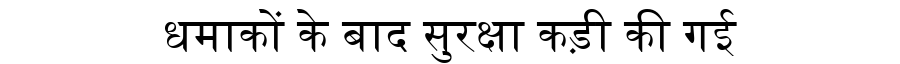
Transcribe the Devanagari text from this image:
धमाकों के बाद सुरक्षा कड़ी की गई